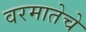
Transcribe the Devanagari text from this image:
वरमातेचे